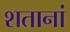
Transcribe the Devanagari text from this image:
शतानां